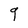
Character: 9